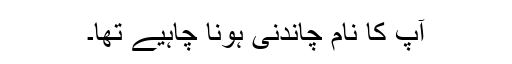
آپ کا نام چاندنی ہونا چاہیے تھا۔